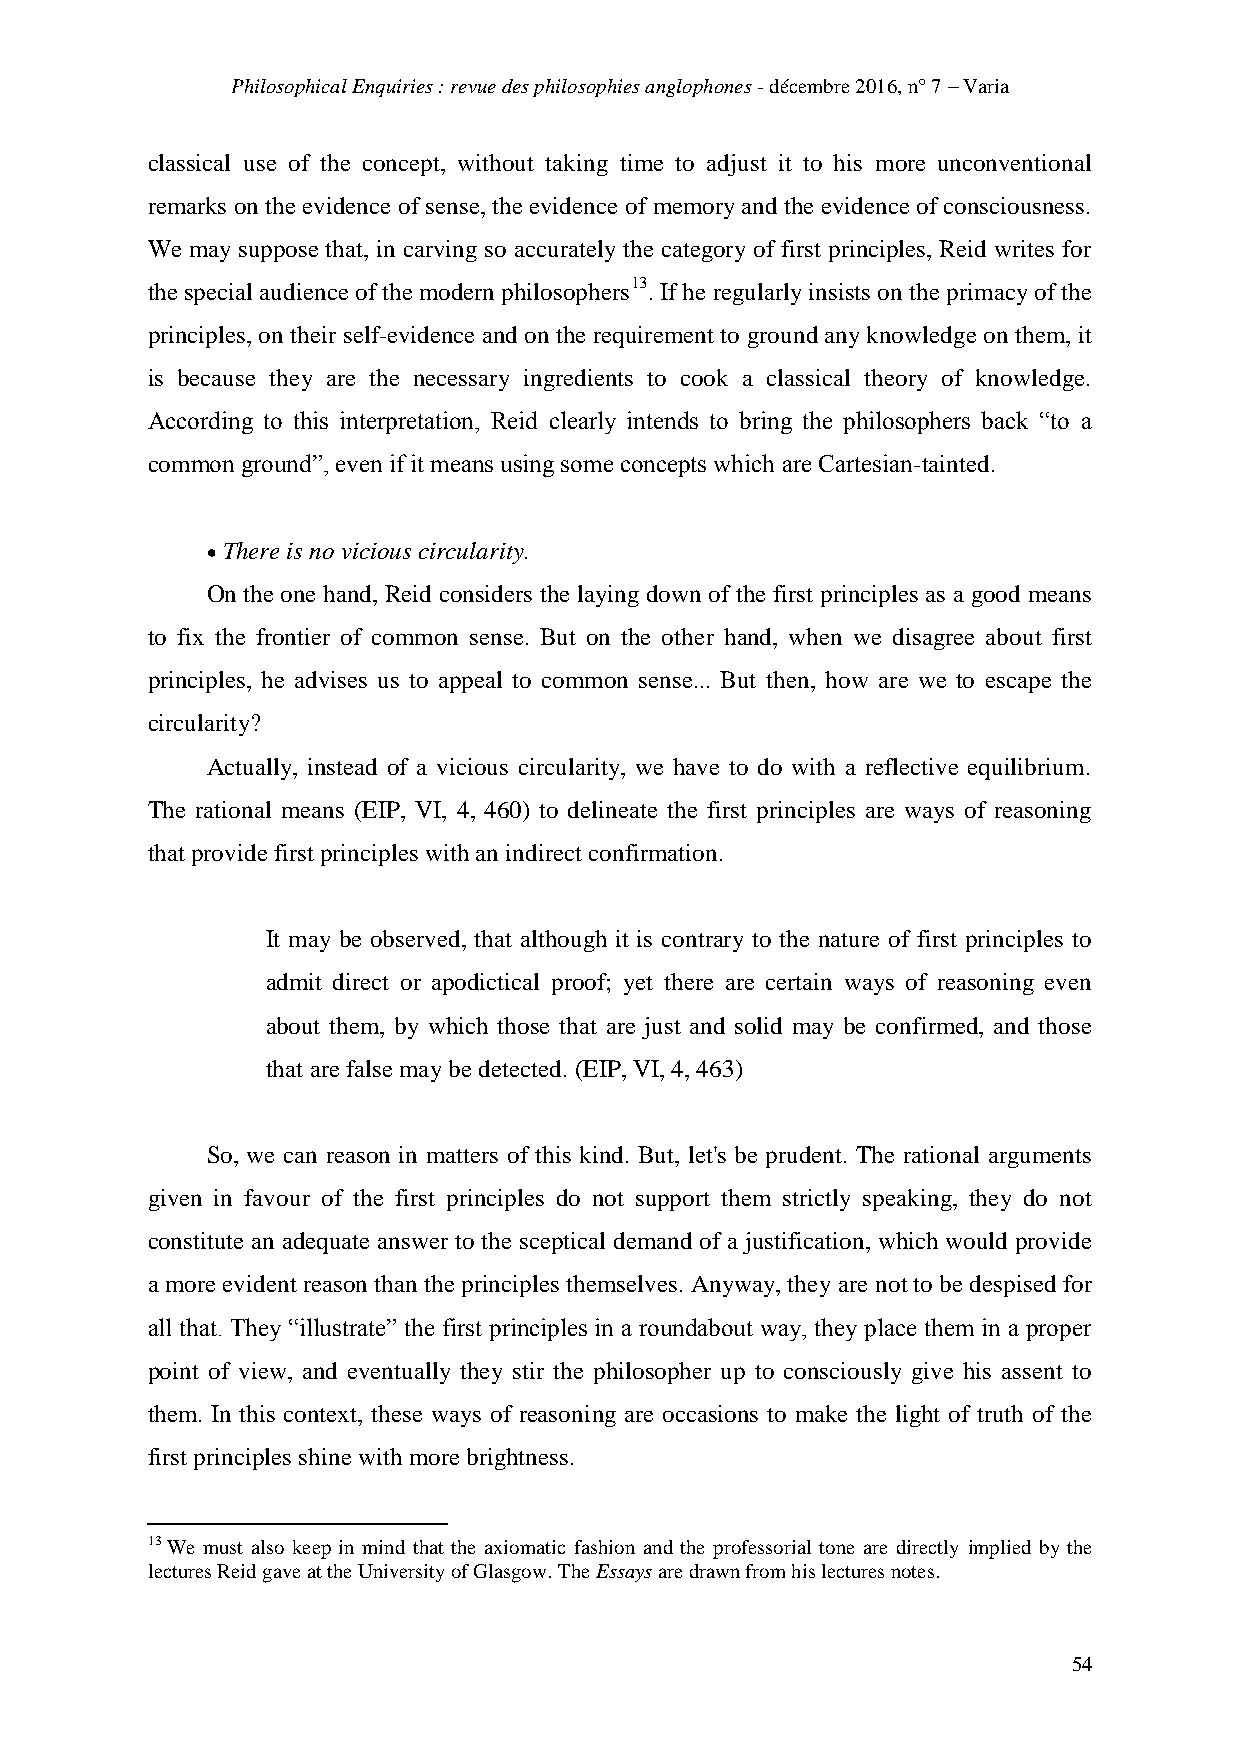
Philosophical Enquiries : revue des philosophies anglophones - décembre 2016, n° 7 – Varia
 classical use of the concept, without taking time to adjust it to his more unconventional
 remarks on the evidence of sense, the evidence of memory and the evidence of consciousness.
 We may suppose that, in carving so accurately the category of first principles, Reid writes for
 the special audience of the modern philosophers13. If he regularly insists on the primacy of the
 principles, on their self-evidence and on the requirement to ground any knowledge on them, it
 is because they are the necessary ingredients to cook a classical theory of knowledge.
 According to this interpretation, Reid clearly intends to bring the philosophers back “to a
 common ground”, even if it means using some concepts which are Cartesian-tainted.
  There is no vicious circularity.
 On the one hand, Reid considers the laying down of the first principles as a good means
 to fix the frontier of common sense. But on the other hand, when we disagree about first
 principles, he advises us to appeal to common sense... But then, how are we to escape the
 circularity?
 Actually, instead of a vicious circularity, we have to do with a reflective equilibrium.
 The rational means (EIP, VI, 4, 460) to delineate the first principles are ways of reasoning
 that provide first principles with an indirect confirmation.
 It may be observed, that although it is contrary to the nature of first principles to
 admit direct or apodictical proof; yet there are certain ways of reasoning even
 about them, by which those that are just and solid may be confirmed, and those
 that are false may be detected. (EIP, VI, 4, 463)
 So, we can reason in matters of this kind. But, let's be prudent. The rational arguments
 given in favour of the first principles do not support them strictly speaking, they do not
 constitute an adequate answer to the sceptical demand of a justification, which would provide
 a more evident reason than the principles themselves. Anyway, they are not to be despised for
 all that. They “illustrate” the first principles in a roundabout way, they place them in a proper
 point of view, and eventually they stir the philosopher up to consciously give his assent to
 them. In this context, these ways of reasoning are occasions to make the light of truth of the
 first principles shine with more brightness.
 13 We must also keep in mind that the axiomatic fashion and the professorial tone are directly implied by the
 lectures Reid gave at the University of Glasgow. The Essays are drawn from his lectures notes.
 54